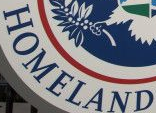
HOMELAND